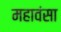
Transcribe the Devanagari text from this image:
महावंसा